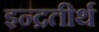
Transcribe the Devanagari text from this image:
इन्द्रतीर्थ